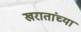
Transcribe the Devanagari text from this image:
खरातांच्या